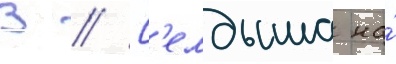
В // К'елдыша на́